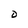
Character: D